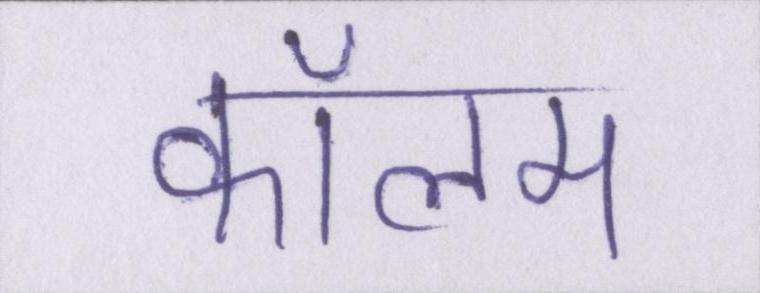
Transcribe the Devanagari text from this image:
कॉलम